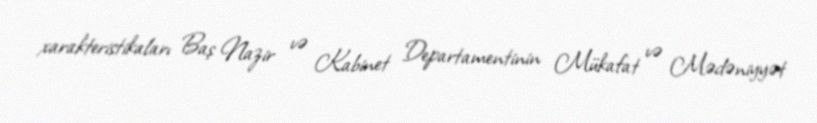
xarakteristikaları Baş Nazir və Kabinet Departamentinin Mükafat və Mədəniyyət